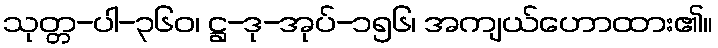
သုတ္တ-ပါ-၃၆၀၊ ဋ္ဌ-ဒု-အုပ်-၁၅၆၊ အကျယ်ဟောထား၏။